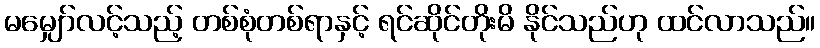
မမျှော်လင့်သည့် တစ်စုံတစ်ရာနှင့် ရင်ဆိုင်တိုးမိ နိုင်သည်ဟု ထင်လာသည်။